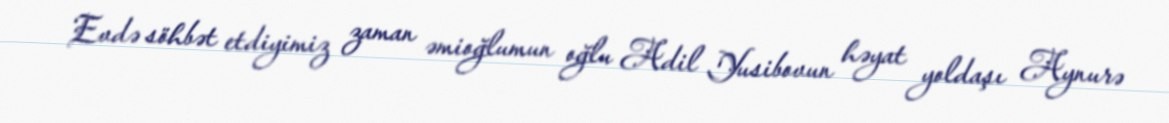
Evdə söhbət etdiyimiz zaman əmioğlumun oğlu Adil Yusibovun həyat yoldaşı Aynurə